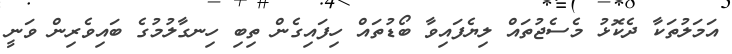
އަމަލުތަކާ ދެކޮޅު މެސެޖުތައް ލިޔެފައިވާ ބޯޑުތައް ހިފައިގެން ތިބި ހިނގާލުމުގެ ބައިވެރިން ވަނީ